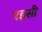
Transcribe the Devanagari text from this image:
एइसी